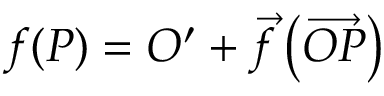
f ( P ) = O ^ { \prime } + { \overrightarrow { f } } \left( { \overrightarrow { O P } } \right)